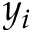
y _ { i }